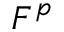
F ^ { p }